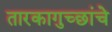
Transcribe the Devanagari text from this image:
तारकागुच्छांचे